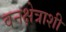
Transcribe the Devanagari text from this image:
वनक्षेत्राशी